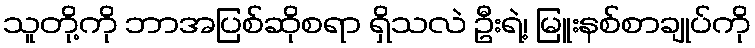
သူတို့ကို ဘာအပြစ်ဆိုစရာ ရှိသလဲ ဦးရဲ့၊ မြူးနစ်စာချုပ်ကို